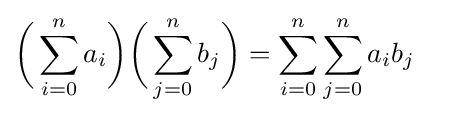
{\biggl (}\sum _{i=0}^{n}a_{i}{\biggr )}{\biggl (}\sum _{j=0}^{n}b_{j}{\biggr )}=\sum _{i=0}^{n}\sum _{j=0}^{n}a_{i}b_{j}\quad